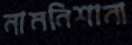
নামনিশানা